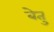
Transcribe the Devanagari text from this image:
बेतु